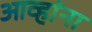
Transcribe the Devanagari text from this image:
आव्हांना